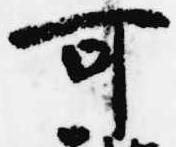
可